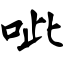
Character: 呲